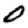
Digit: 0